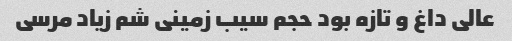
عالی داغ و تازه بود حجم سیب زمینی شم زیاد مرسی